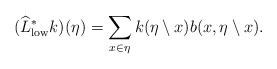
\begin{align*} (\widehat{L}^*_\mathrm{low}k)(\eta) =\sum_{x\in\eta} k(\eta\setminus x) b(x,\eta\setminus x). \end{align*}